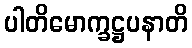
ပါတိမောက္ခဋ္ဌပနာတိ